Civil Veterinary Dept. Bombay admin report 1932-41 - 1932-1941
Year: 1932
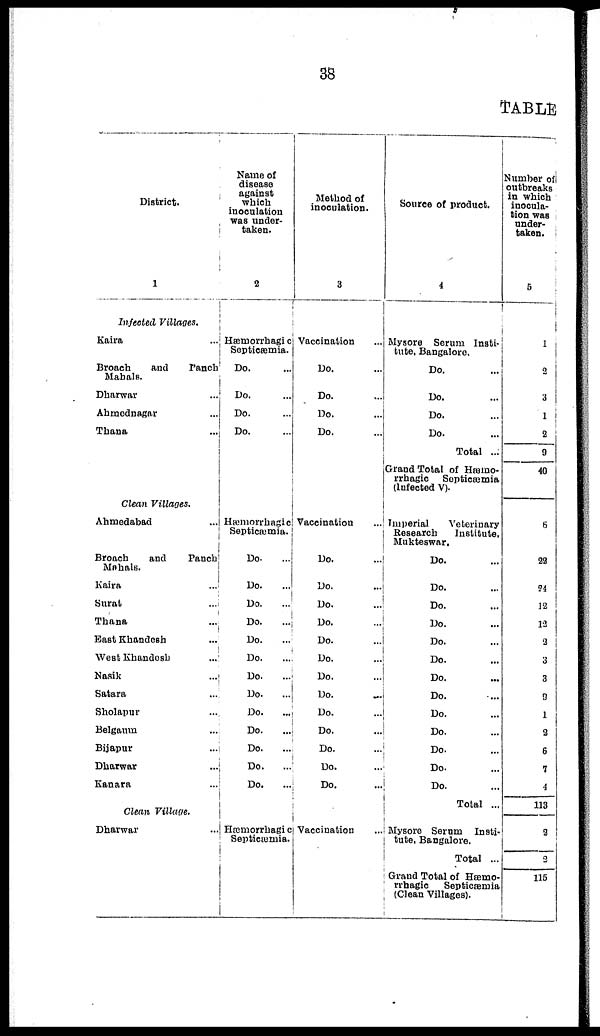
38
TABLE
District.
1
Infected Villages.
Kaira ...
Broach
and
ranch
Mahals.
Dharwar ...
Ahmednagar ...
Thana ...
Clean Villages.
Ahmedabad ...
Broach
and
Panch
Mahals.
Kaira ...
Surat ...
Thana ...
East Khandesh ...
West Khandesh ...
Nasik ...
Satara ...
Sholapur ...
Belgaum ...
Bijapur ...
Dharwar ...
Kanara ...
Clean Village.
Dharwar ...
Name of
disease
against
which
inoculation
was under-
taken.
2
Hæmorrhagic
Septicæmia.
Do. ...
Do. ...
Do. ...
Do. ...
Hæmorrhagic
Septicæmia.
Do. ...
Do.
...
Do. ...
Do. ...
Do. ...
Do. ...
Do. ...
Do. ...
Do. ...
Do. ...
Do. ...
Do. ...
Do. ...
Hæmorrhagic
Septicæmia.
Method of
inoculation.
3
Vaccination
Do. ...
Do. ...
Do. ...
Do. ...
Vaccination
Do. ...
Do. ...
Do. ...
Do. ...
Do. ...
Do. ...
Do. ...
Do. ...
Do. ...
Do. ...
Do. ...
Do. ...
Do. ...
Vaccination ...
Source of product.
4
Mysore Serum Insti-
tute, Bangalore.
Do. ...
Do. ...
Do. ...
Do. ...
Total ...
Grand Total of Hæmo-
rrhagic Septicæmia
(Infected V).
Imperial
Veterinary
Research
Institute,
Mukteswar.
Do. ...
Do. ...
Do. ...
Do. ...
Do. ...
Do. ...
Do. ...
Do. ...
Do. ...
Do. ...
Do. ...
Do. ...
Do. ...
Total ...
Mysore Serum Insti-
tute, Bangalore.
Total ...
Grand Total of Hæmo-
rrhagic Septicæmia
Clean Villages).
Number of
outbreaks
in which
inocula-
tion was
under-
taken.
5
1
2
3
1
2
9
40
6
22
24
12
12
2
3
3
9
1
2
6
7
4
113
2
2
115